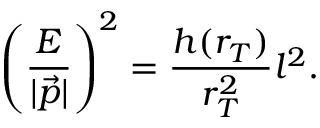
\left( \frac { E } { | \vec { p } | } \right) ^ { 2 } = \frac { h ( r _ { T } ) } { r _ { T } ^ { 2 } } l ^ { 2 } .